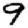
Digit: 9